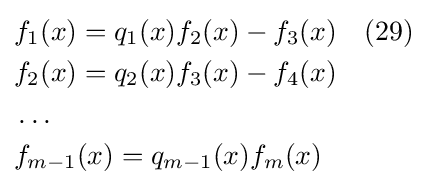
{\begin{aligned}&f_{1}(x)=q_{1}(x)f_{2}(x)-f_{3}(x)\quad (29)\\&f_{2}(x)=q_{2}(x)f_{3}(x)-f_{4}(x)\\&\ldots \\&f_{m-1}(x)=q_{m-1}(x)f_{m}(x)\\\end{aligned}}